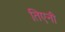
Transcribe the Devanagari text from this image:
तिएनी